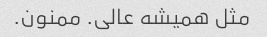
مثل همیشه عالی. ممنون.